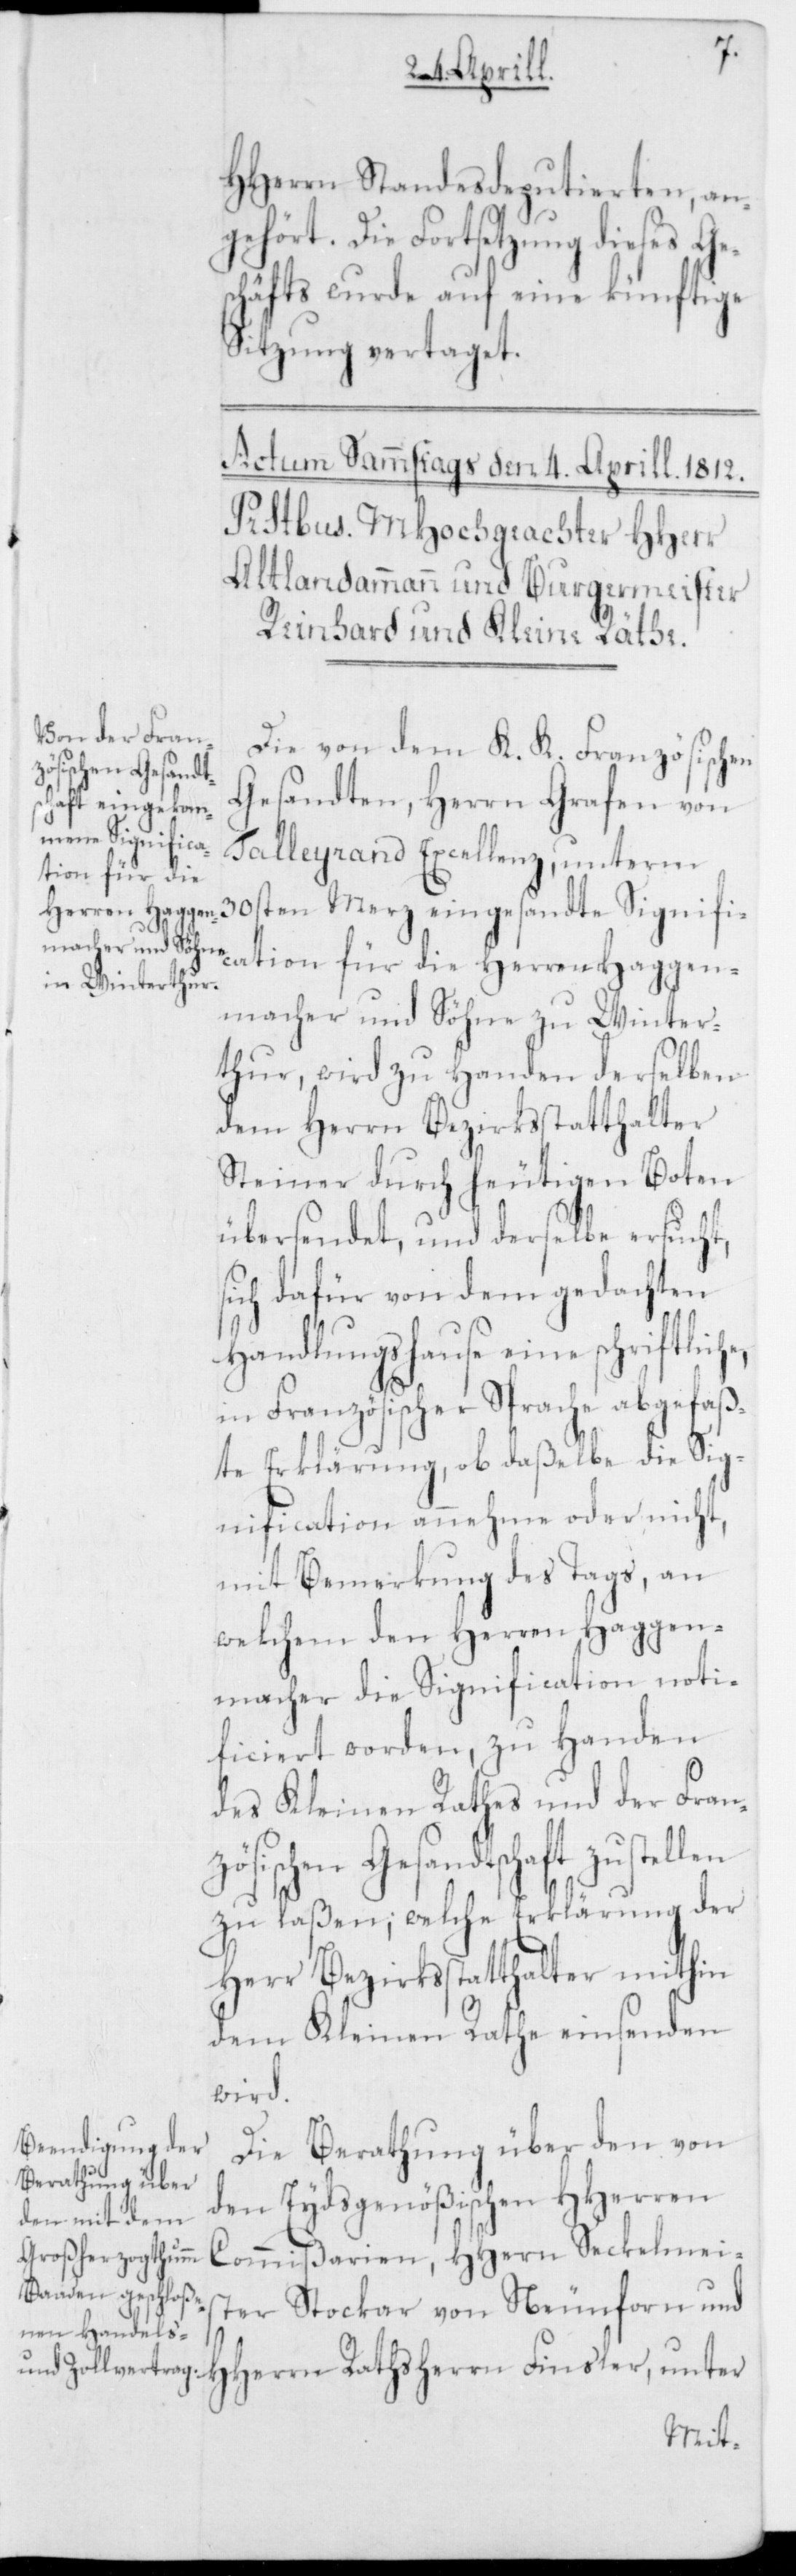
he,
Seckelmeis¬
HHerrn Standesdeputierten, an¬
gehört. Die Forstsetzung dieses
schäfts wurde auf eine künftige
Sitzung vertaget.
Die von dem K. K. Französischen
zösischen Gesandt¬
Gesandten, Herrn Grafen von
Talleyrand Excellenz, unterm
cation für die Herren Haggen¬
macher und Söhne zu Winter¬
thur, wird zu Handen derselben
dem Herrn Bezirksstatthalter
Steiner durch heutigen Boten
übersendet, und derselbe ersucht,
sich dafür von dem gedachten
Handlungshause eine schriftlic¬
in Französischer Sprache abgefaß¬
te Erklärung, ob daßelbe die Sig¬
nification annehme oder nicht,
mit Bemerkung des Tags, an
welchem den Herren Haggen¬
macher die Signification noti¬
ficiert worden, zu Handen
des Kleinen Rathes und der Fran¬
Rathsherrn Finsler, unter
zu laßen; welche Erklärung der
Herr Bezirksstatthalter mithin
dem Kleinen Rathe einsenden
wird.
Die Berathung über den von
den Eydsgenößischen HHerren
ter Stockar von Neunforn und